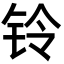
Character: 铃